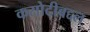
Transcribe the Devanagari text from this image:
कसोटीबद्दल